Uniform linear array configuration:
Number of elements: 24
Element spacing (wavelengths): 0.75
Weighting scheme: uniform
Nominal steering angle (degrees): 15
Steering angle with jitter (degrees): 13.531
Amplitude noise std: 0.05
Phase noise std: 0.05

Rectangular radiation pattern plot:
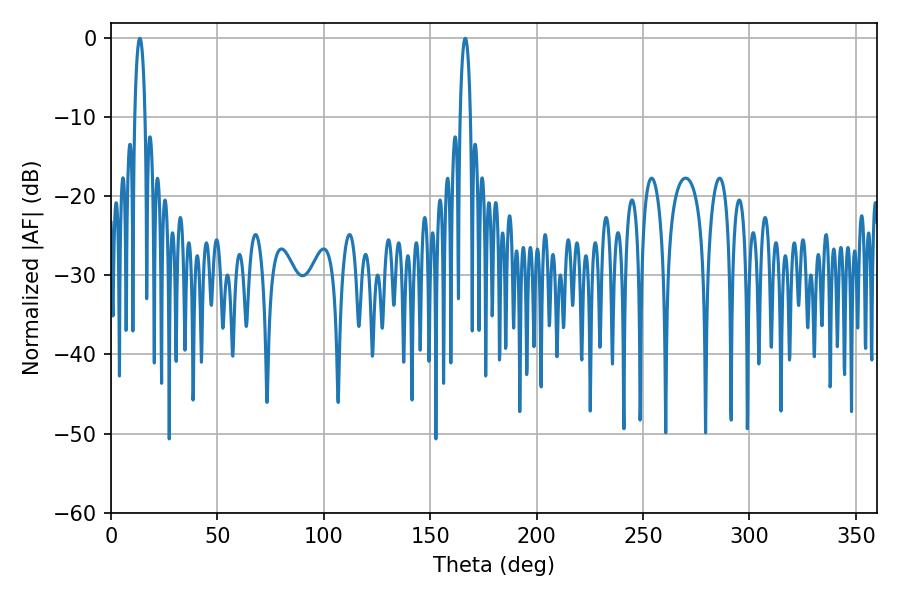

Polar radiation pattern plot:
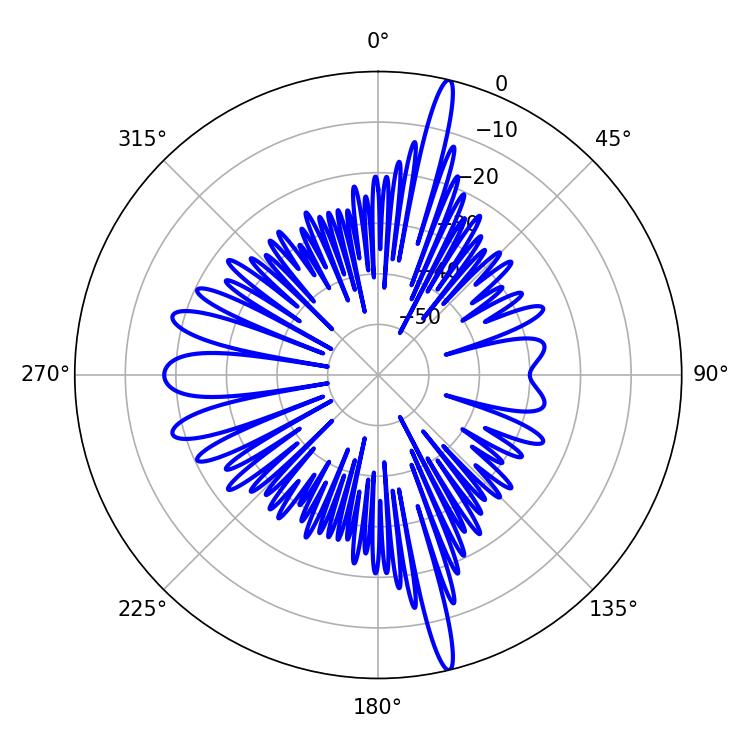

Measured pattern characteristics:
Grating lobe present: TRUE
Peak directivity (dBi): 20.052
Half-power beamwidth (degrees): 2.7
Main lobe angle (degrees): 13.5